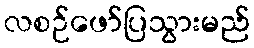
လစဉ်ဖော်ပြသွားမည်